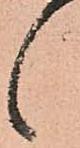
候